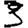
Digit: 3